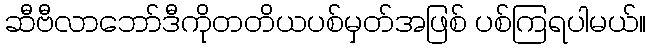
ဆီဗီလာဘော်ဒီကိုတတိယပစ်မှတ်အဖြစ် ပစ်ကြရပါမယ်။